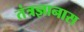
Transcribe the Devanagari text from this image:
तंत्रज्ञानास